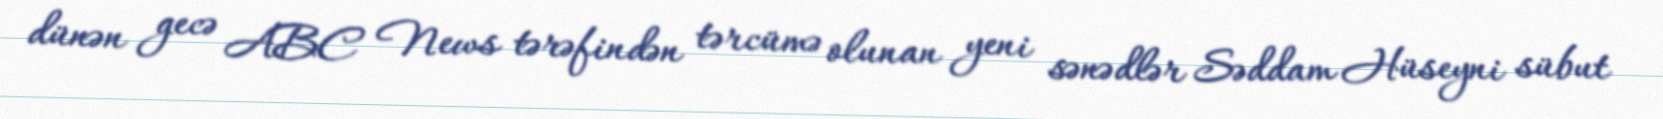
dünən gecə ABC News tərəfindən tərcümə olunan yeni sənədlər Səddam Hüseyni sübut